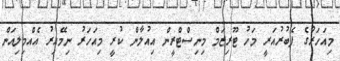
މިއަހަރުގެ ފެބުރުއަރީ މަހު ޓޫރިޒަމް މިނިސްޓްރީން އިއުލާން ކުރީ މިއަހަރު ނިމޭއިރު އެއްމިލިއަން